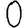
Digit: 0